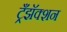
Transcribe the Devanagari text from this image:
ट्रँझॅक्शन